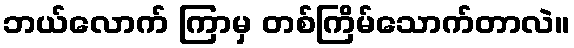
ဘယ်လောက် ကြာမှ တစ်ကြိမ်သောက်တာလဲ။